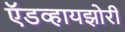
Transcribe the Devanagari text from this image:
ऍडव्हायझोरी